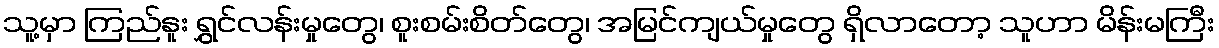
သူ့မှာ ကြည်နူး ရွှင်လန်းမှုတွေ၊ စူးစမ်းစိတ်တွေ၊ အမြင်ကျယ်မှုတွေ ရှိလာတော့ သူဟာ မိန်းမကြီး